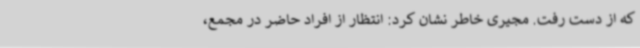
که از دست رفت. مجیری خاطر نشان کرد: انتظار از افراد حاضر در مجمع،